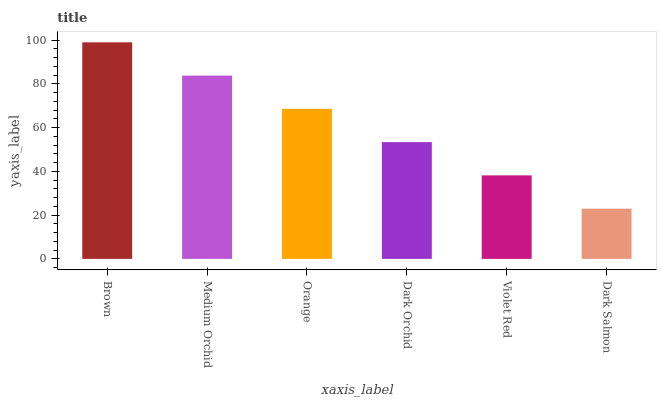
| xaxis_label | bars |
 | --- | --- |
 | Brown | 99 |
 | Medium Orchid | 83.8 |
 | Orange | 68.6 |
 | Dark Orchid | 53.4 |
 | Violet Red | 38.2 |
 | Dark Salmon | 23 |